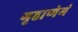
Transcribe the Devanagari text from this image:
गृहाणेमं